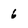
Character: 6